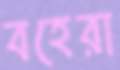
বহেরা